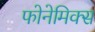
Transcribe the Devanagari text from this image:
फोनेमिक्स